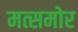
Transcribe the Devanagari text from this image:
मत्समोर